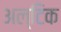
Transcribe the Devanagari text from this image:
अल्टिक